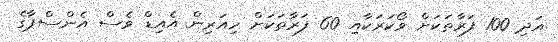
އަދި 100 ފަރާތަކަށް ވޯކަރަކާއި 60 ފަރާތަކަށް ހިއަރިން އެއިޑް ވެސް އެންސްޕާގެ